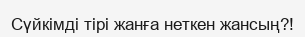
Сүйкімді тірі жанға неткен жансың?!